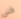
فني